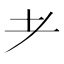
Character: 耂